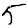
Digit: 5